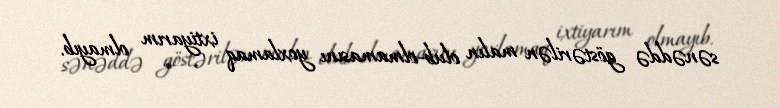
sənəddə göstərilən malın olub-olmamasını yoxlamaq ixtiyarım olmayıb.